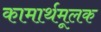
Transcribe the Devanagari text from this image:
कामार्थमूलक